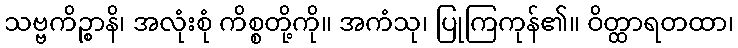
သဗ္ဗကိဉ္စာနိ၊ အလုံးစုံ ကိစ္စတို့ကို။ အကံသု၊ ပြုကြကုန်၏။ ဝိတ္ထာရတထာ၊